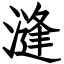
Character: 漨